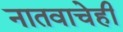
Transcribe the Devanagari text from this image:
नातवाचेही